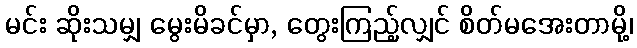
မင်း ဆိုးသမျှ မွေးမိခင်မှာ, တွေးကြည့်လျှင် စိတ်မအေးတာမို့၊